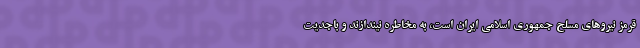
قرمز نیروهای مسلح جمهوری اسلامی ایران است، به مخاطره نیندازند و باجدیت